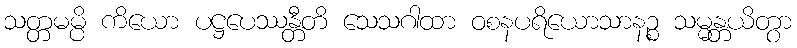
သတ္တမမ္ပိ ကိယော ပဋ္ဌပေဿန္တီတိ သေသဂါထာ ဝစနပရိယောသာနဉ္စ သမ္မန္တယိတွာ